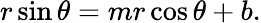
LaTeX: r\sin\theta=mr\cos\theta+b.